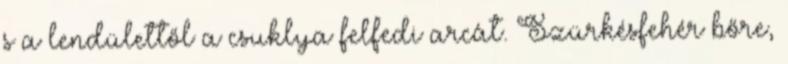
s a lendülettől a csuklya felfedi arcát. Szürkésfehér bőre,